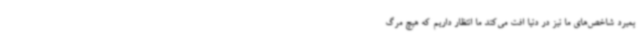
بمیرد شاخص‌های ما نیز در دنیا افت می‌کند ما انتظار داریم که هیچ مرگ